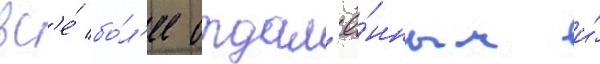
вс'е́ бо́л'ее отдал'ё́нным и́